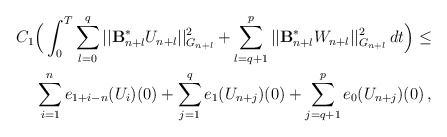
\begin{align*}C_1\Big( \int_0^T \sum_{l=0}^q || \mathcal{\mathbf{B}}_{n+l}^{\ast}U_{n+l}||_{G_{n+l}}^2 + \sum_{l=q+1}^p || \mathcal{\mathbf{B}}_{n+l}^{\ast}W_{n+l}||_{G_{n+l}}^2\,dt\Big)\le \\\displaystyle{\sum_{i=1}^n e_{1+i-n}(U_i)(0)} + \sum_{j=1}^q e_1(U_{n+j})(0)+ \sum_{j=q+1}^p e_0(U_{n+j})(0)\,,\end{align*}